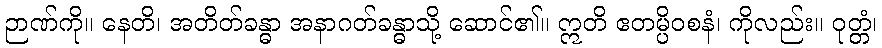
ဉာဏ်ကို။ နေတိ၊ အတိတ်ခန္ဓာ အနာဂတ်ခန္ဓာသို့ ဆောင်၏။ ဣတိ ဧတမ္ပိဝစနံ၊ ကိုလည်း။ ဝုတ္တံ၊